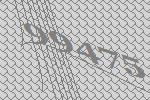
99475